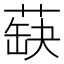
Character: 蒛